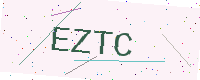
Text: EZTC